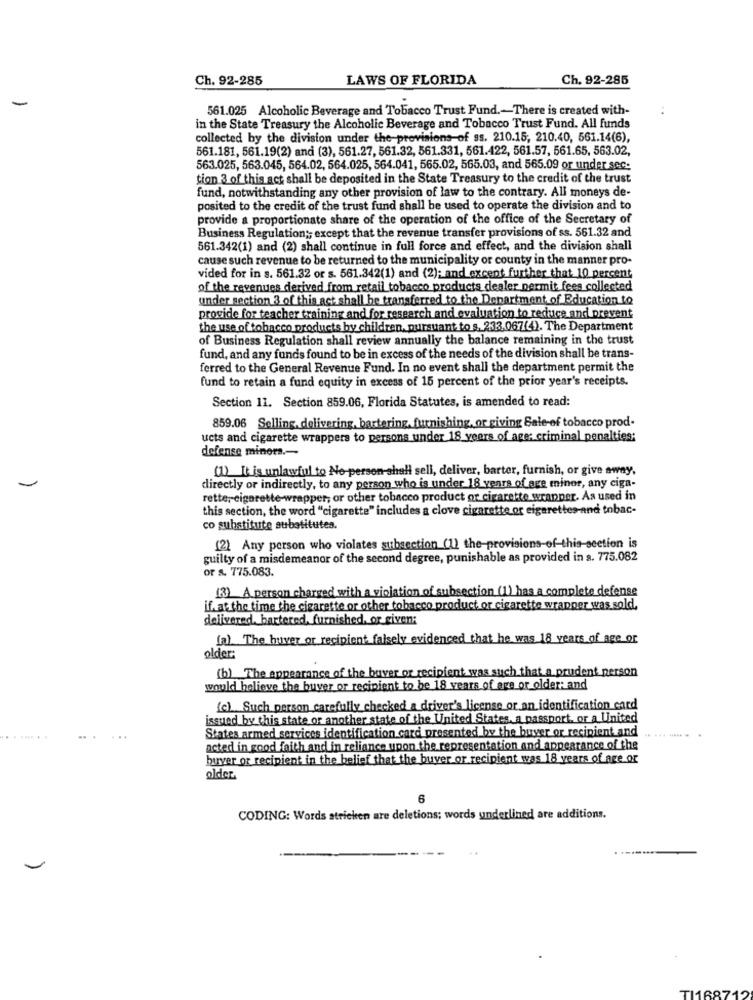
Ch. 92-285
LAWS OF FLORIDA
Ch. 92-285
-
561.025 Alcoholic Beverage and Tobacco Trust Fund .- There is created with-
in the State Treasury the Alcoholic Beverage and Tobacco Trust Fund. All funds
collected by the division under the provisions of ss. 210.15, 210.40, 561.14(6),
561.181, 561.19(2) and (3), 561.27, 561.32, 561.331, 561.422, 561.57, 561.65, 563.02,
563.025, 563.045, 564.02, 564.025, 564.041, 565.02, 565.03, and 565.09 or under sec:
tion 3 of this act shall be deposited in the State Treasury to the credit of the trust
fund, notwithstanding any other provision of law to the contrary. All moneys de-
posited to the credit of the trust fund shall be used to operate the division and to
provide a proportionate share of the operation of the office of the Secretary of
Business Regulation ;; except that the revenue transfer provisions of ss. 561.32 and
561.342(1) and (2) shall continue in full force and effect, and the division shall
cause such revenue to be returned to the municipality or county in the manner pro-
vided for in s. 561.32 or s. 561.342(1) and (2); and excent further that 10 percent
of the revenues derived from retail tobacco products dealer permit fees collected
under section 3 of this act shall be transferred to the Department of Education to
provide for teacher training and for research and evaluation to reduce and prevent
the use of tobacco products by children. pursuant to s. 233.067(4). The Department
of Business Regulation shall review annually the balance remaining in the trust
fund, and any funds found to be in excess of the needs of the division shall be trans-
ferred to the General Revenue Fund. In no event shall the department permit the
fund to retain a fund equity in excess of 15 percent of the prior year's receipts.
Section 11. Section 859.06, Florida Statutes, is amended to read:
859.06 Selling, delivering, bartering, furnishing, or giving Sale-of tobacco prod-
ucts and cigarette wrappers to persons under 18 years of age: criminal penalties;
defense minors .-
(1). It is unlawful to No person shall sell, deliver, barter, furnish, or give away,
directly or indirectly, to any person who is under 18 years of age miner, any ciga-
rette, cigarette-wrapper, or other tobacco product or cigarette wrapper. As used in
this section, the word "cigarette" includes a clove cigarette of cigarettes-and tobac-
co substitute substitutes.
(2) Any person who violates subsection (1) the-provisions-of-this-section is
guilty of a misdemeanor of the second degree, punishable as provided in s. 775.082
or s. 775.083
[3] A person charged with a violation of subsection (1) has a complete defense
if. at the time the cigarette or other tobacco product or cigarette wrapper was sold,
delivered. bartered, furnished, or given:
(a) The huver or recipient falsely evidenced that he was 18 years of age or
older:
(b) The appearance of the buyer or recipient was such that a prudent person
would believe the buver or recipient to be 18 years of age or older: and
(c) Such person carefully checked a driver's license or an identification card
issued by this state or another state of the United States, a passport, or a United
States armed services identification card presented by the buyer or recipient and
acted in good faith and in reliance upon the representation and appearance of the
buver or recipient in the belief that the buyer or recipient was 18 years of age or
older.
6
CODING: Words stricken are deletions; words underlined are additions.
TI1687